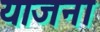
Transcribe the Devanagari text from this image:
याजना